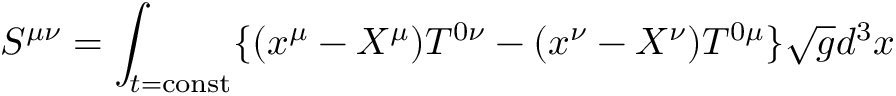
S ^ { \mu \nu } = \int _ { t = \mathrm { { c o n s t } } } \{ ( x ^ { \mu } - X ^ { \mu } ) T ^ { 0 \nu } - ( x ^ { \nu } - X ^ { \nu } ) T ^ { 0 \mu } \} { \sqrt { g } } d ^ { 3 } x